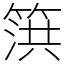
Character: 篊